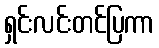
ရှင်းလင်းတင်ပြကာ